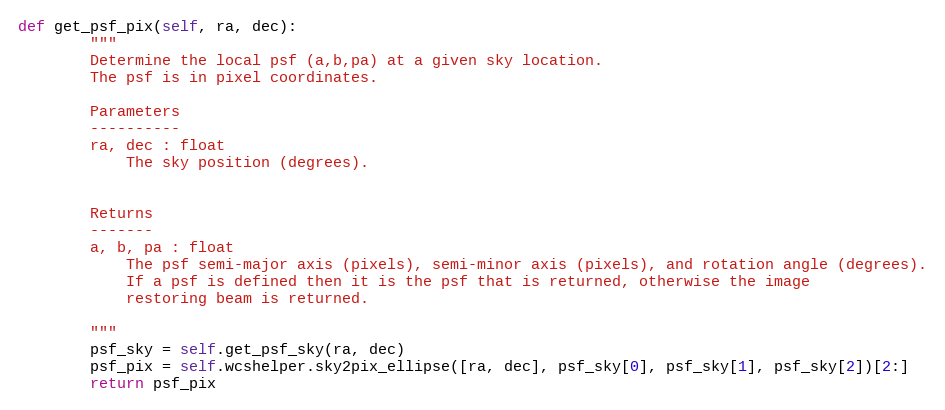
Language: Python
def get_psf_pix(self, ra, dec):
        """
        Determine the local psf (a,b,pa) at a given sky location.
        The psf is in pixel coordinates.

        Parameters
        ----------
        ra, dec : float
            The sky position (degrees).

        Returns
        -------
        a, b, pa : float
            The psf semi-major axis (pixels), semi-minor axis (pixels), and rotation angle (degrees).
            If a psf is defined then it is the psf that is returned, otherwise the image
            restoring beam is returned.

        """
        psf_sky = self.get_psf_sky(ra, dec)
        psf_pix = self.wcshelper.sky2pix_ellipse([ra, dec], psf_sky[0], psf_sky[1], psf_sky[2])[2:]
        return psf_pix